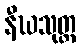
နီဃသုတ္တ